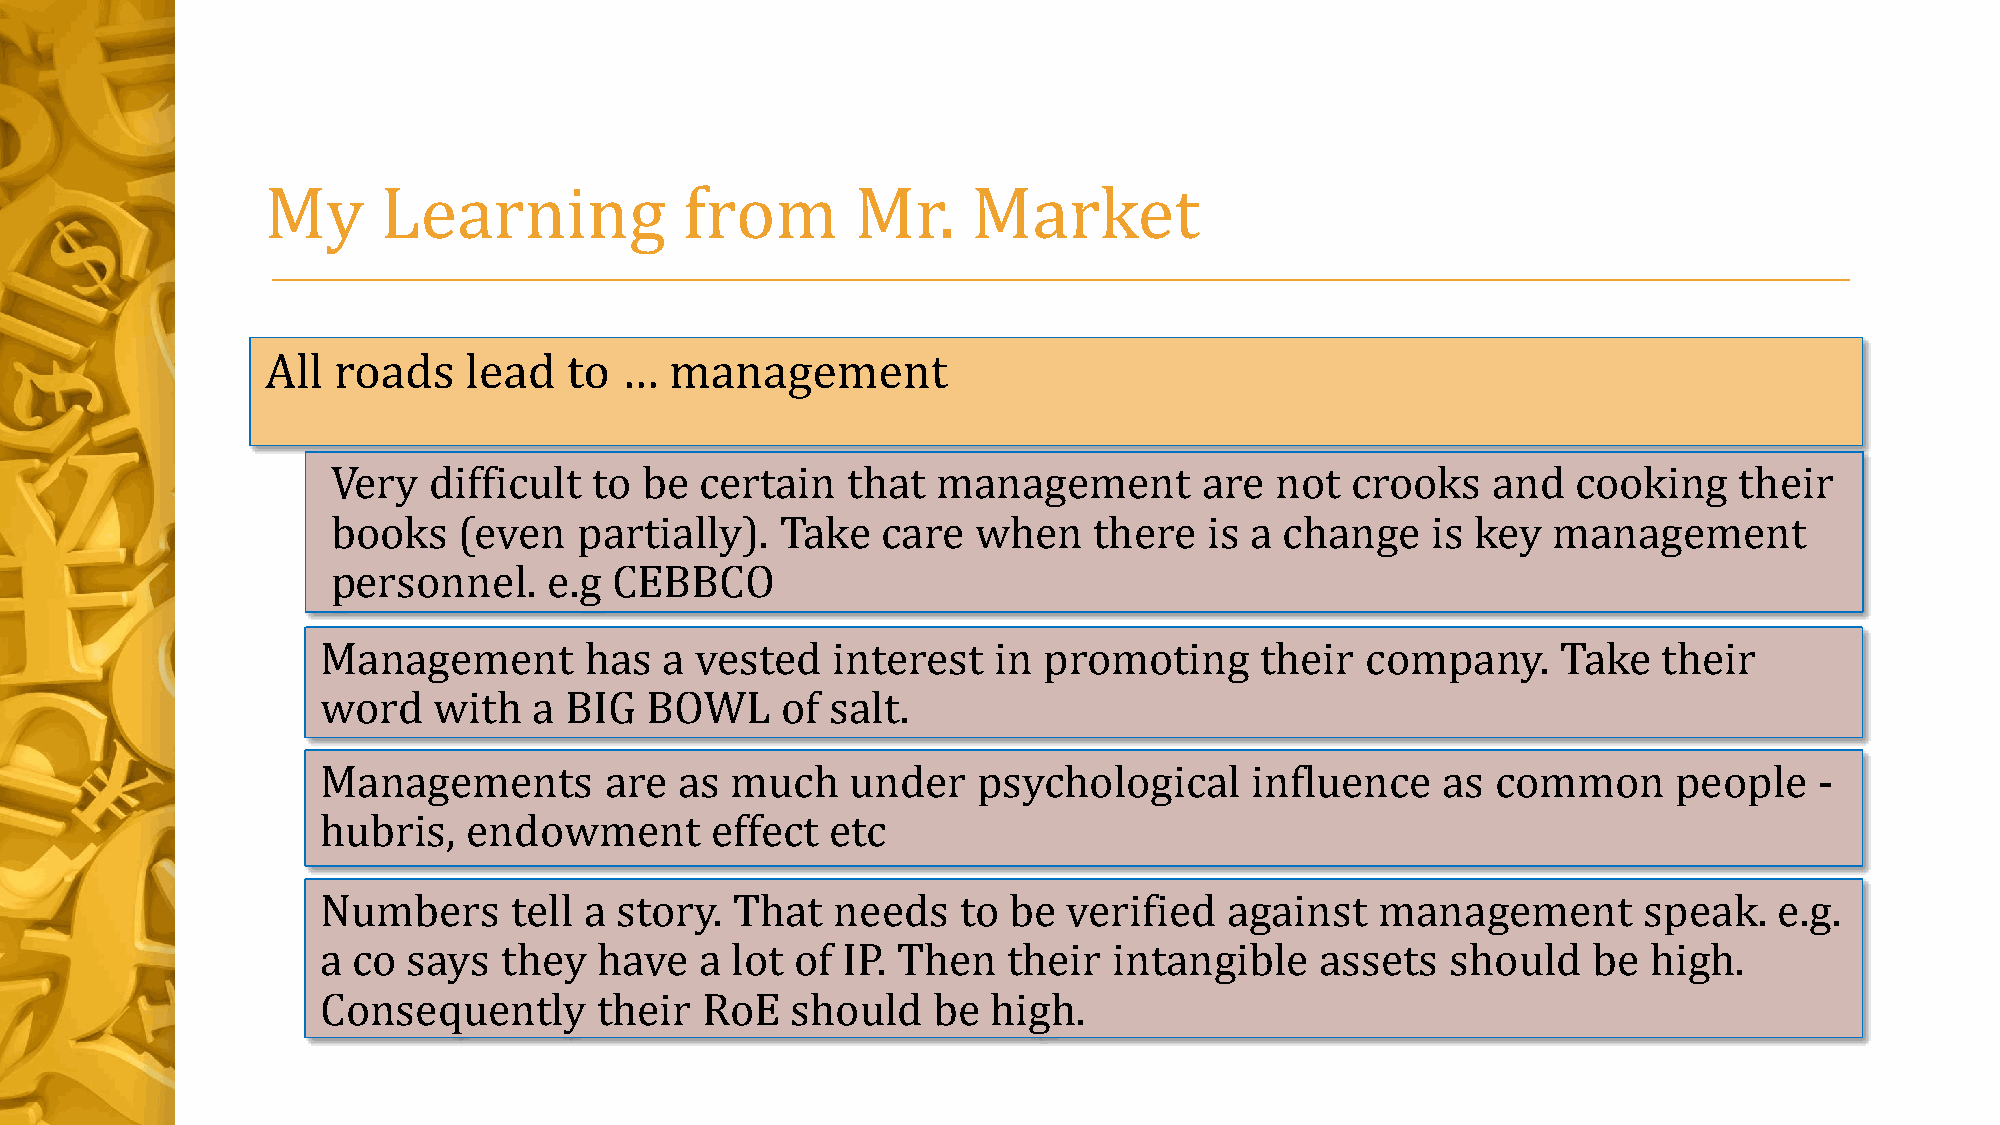
My     Learning            from        Mr.    Market
 All roads    lead   to …  management
 Very  difficult  to be  certain   that  management        are not  crooks    and  cooking    their
 books   (even   partially).   Take  care   when   there   is a change    is key  management
 personnel.    e.g CEBBCO
 Management        has  a vested   interest   in promoting     their  company.     Take   their
 word    with  a BIG   BOWL     of salt.
 Managements        are  as much    under    psychological     influence   as  common      people   -
 hubris,   endowment       effect  etc
 Numbers      tell a story.  That  needs    to be  verified  against   management        speak.   e.g.
 a co  says  they   have  a lot  of IP. Then   their  intangible   assets   should   be  high.
 Consequently      their  RoE   should    be  high.